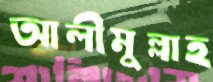
আলীমুল্লাহ